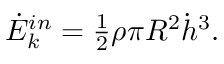
\begin{array} { r } { \dot { E } _ { k } ^ { i n } = \frac { 1 } { 2 } \rho \pi R ^ { 2 } \dot { h } ^ { 3 } . } \end{array}